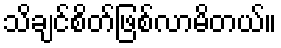
သိချင်စိတ်ဖြစ်လာမိတယ်။